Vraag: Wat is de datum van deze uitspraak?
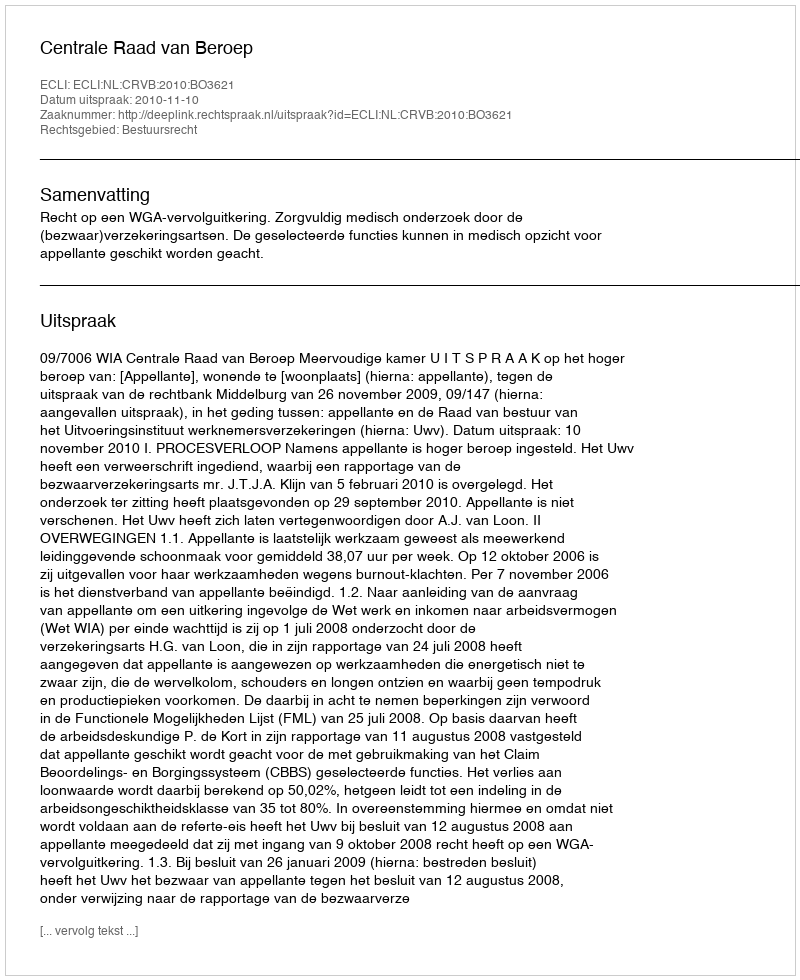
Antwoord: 2010-11-10